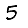
Digit: 5